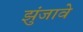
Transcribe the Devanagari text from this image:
झुंजावे